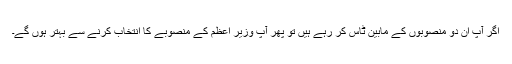
اگر آپ ان دو منصوبوں کے مابین ٹاس کر رہے ہیں تو پھر آپ وزیر اعظم کے منصوبے کا انتخاب کرنے سے بہتر ہوں گے۔